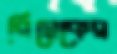
রিমেকের